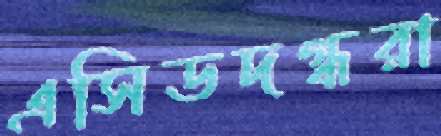
এসিডদগ্ধরা